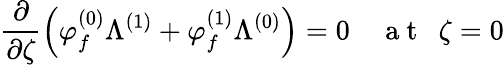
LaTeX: \frac{\partial}{\partial\zeta}\left(\varphi_{f}^{(0)}\Lambda^{(1)}+\varphi_{f}^{(1)}\Lambda^{(0)}\right)=0~~~~\mathrm{~a~t~}~~\zeta=0